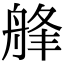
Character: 艂